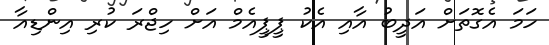
ހަމަ އެގޮތަށް އަދީބު އާއި އެކު ޕީޕީއެމް އަށް ހިޖްރަ ކުރި އިންޑިއާ